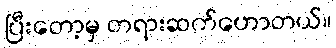
ပြီးတော့မှ တရားဆက်ဟောတယ်။